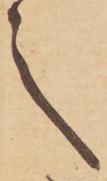
之